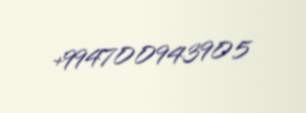
+994700943905